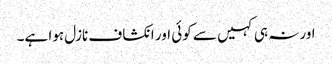
اورنہ ہی کہیں سے کوئی اور انکشاف نازل ہوا ہے۔